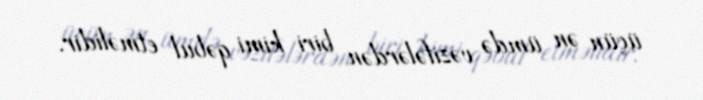
üçün ən ümdə vəzifələrdən biri kimi qəbul etməlidir.